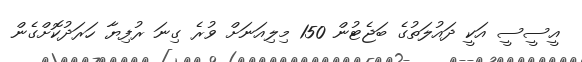
އީސީސީ އަކީ ދައުލަތުގެ ބަޖެޓުން 150 މިލިއަަނަށް ވުރެ ގިނަ ރުފިޔާ ހަރަދުކޮށްގެން